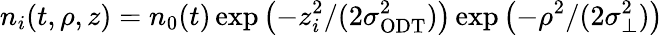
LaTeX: n_{i}(t,\rho,z)=n_{0}(t)\exp\left(-z_{i}^{2}/(2\sigma_{\mathrm{{ODT}}}^{2})\right)\exp\left(-\rho^{2}/(2\sigma_{\perp}^{2})\right)